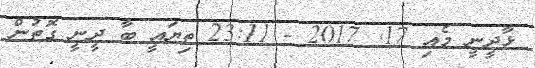
ޅާދީނީ މެއި 17